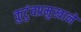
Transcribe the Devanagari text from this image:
कुटुंबप्रमुखाने